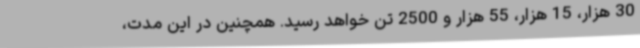
30 هزار، 15 هزار، 55 هزار و 2500 تن خواهد رسید. همچنین در این مدت،